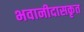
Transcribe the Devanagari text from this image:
भवानीदासकृत